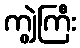
ကျွဲကြီး